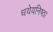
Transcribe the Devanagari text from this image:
धयेयनिष्ठा